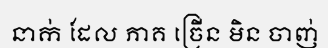
នាក់ ដែល ភាគ ច្រើន មិន ចាញ់